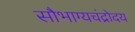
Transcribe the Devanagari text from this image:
सौभाग्यचंद्रोदय